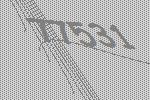
77531